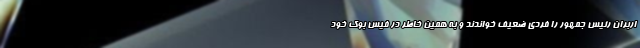
اربران رئیس جمهور را فردی ضعیف خواندند و به همین خاطر در فیس بوک خود